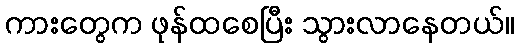
ကားတွေက ဖုန်ထစေပြီး သွားလာနေတယ်။